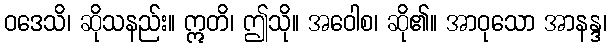
ဝဒေသိ၊ ဆိုသနည်း။ ဣတိ၊ ဤသို။ အဝေါစ၊ ဆို၏။ အာဝုသော အာနန္ဒ၊